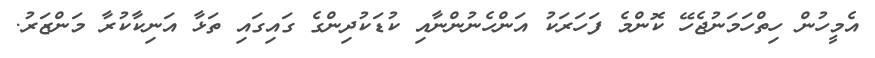
އެމީހުން ހިތްހަމަނުޖެހޭ ކޮންމެ ފަހަރަކު އަންހެނުންނާއި ކުޑަކުދިންގެ ގައިގައި ތަޅާ އަނިކާކުރާ މަންޒަރު.